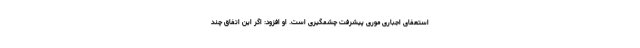
استعفای اجباری موری پیشرفت چشمگیری است. او افزود: اگر این اتفاق چند